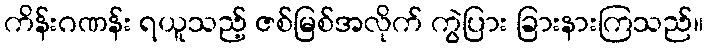
ကိန်းဂဏန်း ရယူသည့် ဇစ်မြစ်အလိုက် ကွဲပြား ခြားနားကြသည်။